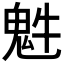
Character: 𩲍